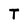
Character: T